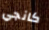
كانجي